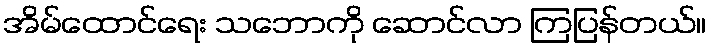
အိမ်ထောင်ရေး သဘောကို ဆောင်လာ ကြပြန်တယ်။